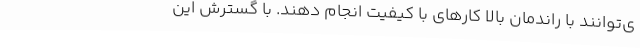
ی‌توانند با راندمان بالا کارهای با کیفیت انجام دهند. با گسترش این